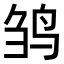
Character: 𬸅